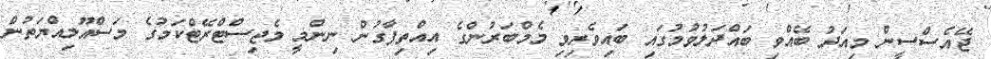
ޖޭއެސްސީން މިއަދު ބޭއްވި ބައްދަލުވުމުގައި ބައިވެރިވި މެމްބަރުންގެ އިއްތިފާގުން ނިންމީ މެޖިސްޓްރޭޓްކަމުގެ މަސްއޫލިއްޔަތުން